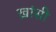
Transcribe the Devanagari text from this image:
ख़ांसी